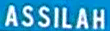
ASSILAH